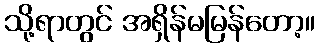
သို့ရာတွင် အရှိန်မမြန်တော့။